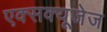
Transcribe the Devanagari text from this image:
एक्सक्यूजेज